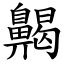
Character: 齃